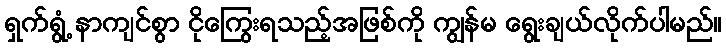
ရှက်ရွံ့ နာကျင်စွာ ငိုကြွေးရသည့်အဖြစ်ကို ကျွန်မ ရွေးချယ်လိုက်ပါမည်။